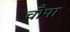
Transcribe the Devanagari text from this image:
चौपा